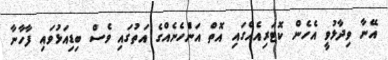
އޭނާ ވިދާޅުވީ އެހެން ކޮޓަރިއެއްގައި އޮތް އަންެހެނެއްގެ އަތުގައި ވެސް ބިޑިއަޅުވައި ފާހާނާ